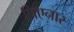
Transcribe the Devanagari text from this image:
पिएनार